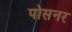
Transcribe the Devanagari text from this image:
पोसनर